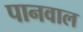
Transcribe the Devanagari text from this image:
पानवाल